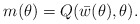
\begin{align*}m(\theta)=Q( {\bar w}(\theta), \theta).\end{align*}